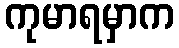
ကုမာရမှာက